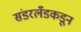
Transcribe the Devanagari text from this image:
संडरलँडकडून